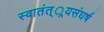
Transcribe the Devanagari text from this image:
स्वातंत््रयसंघर्ष